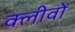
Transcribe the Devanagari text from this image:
क्लीवों